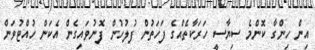
އިން ހިންގާ ކޮންމެ ސިޔާސީ ހަރަކާތެއްގެ ފަހަތުން ފުލުހުން ފޮނުވައިގެން އެކަން ހުއްޓުވަން